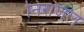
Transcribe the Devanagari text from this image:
निराजल